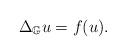
LaTeX: \begin{align*}\Delta_{\mathbb G} u = f(u). \end{align*}